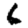
Digit: 6